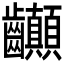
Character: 𪚉